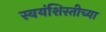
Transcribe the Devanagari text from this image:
स्वयंशिस्तीच्या